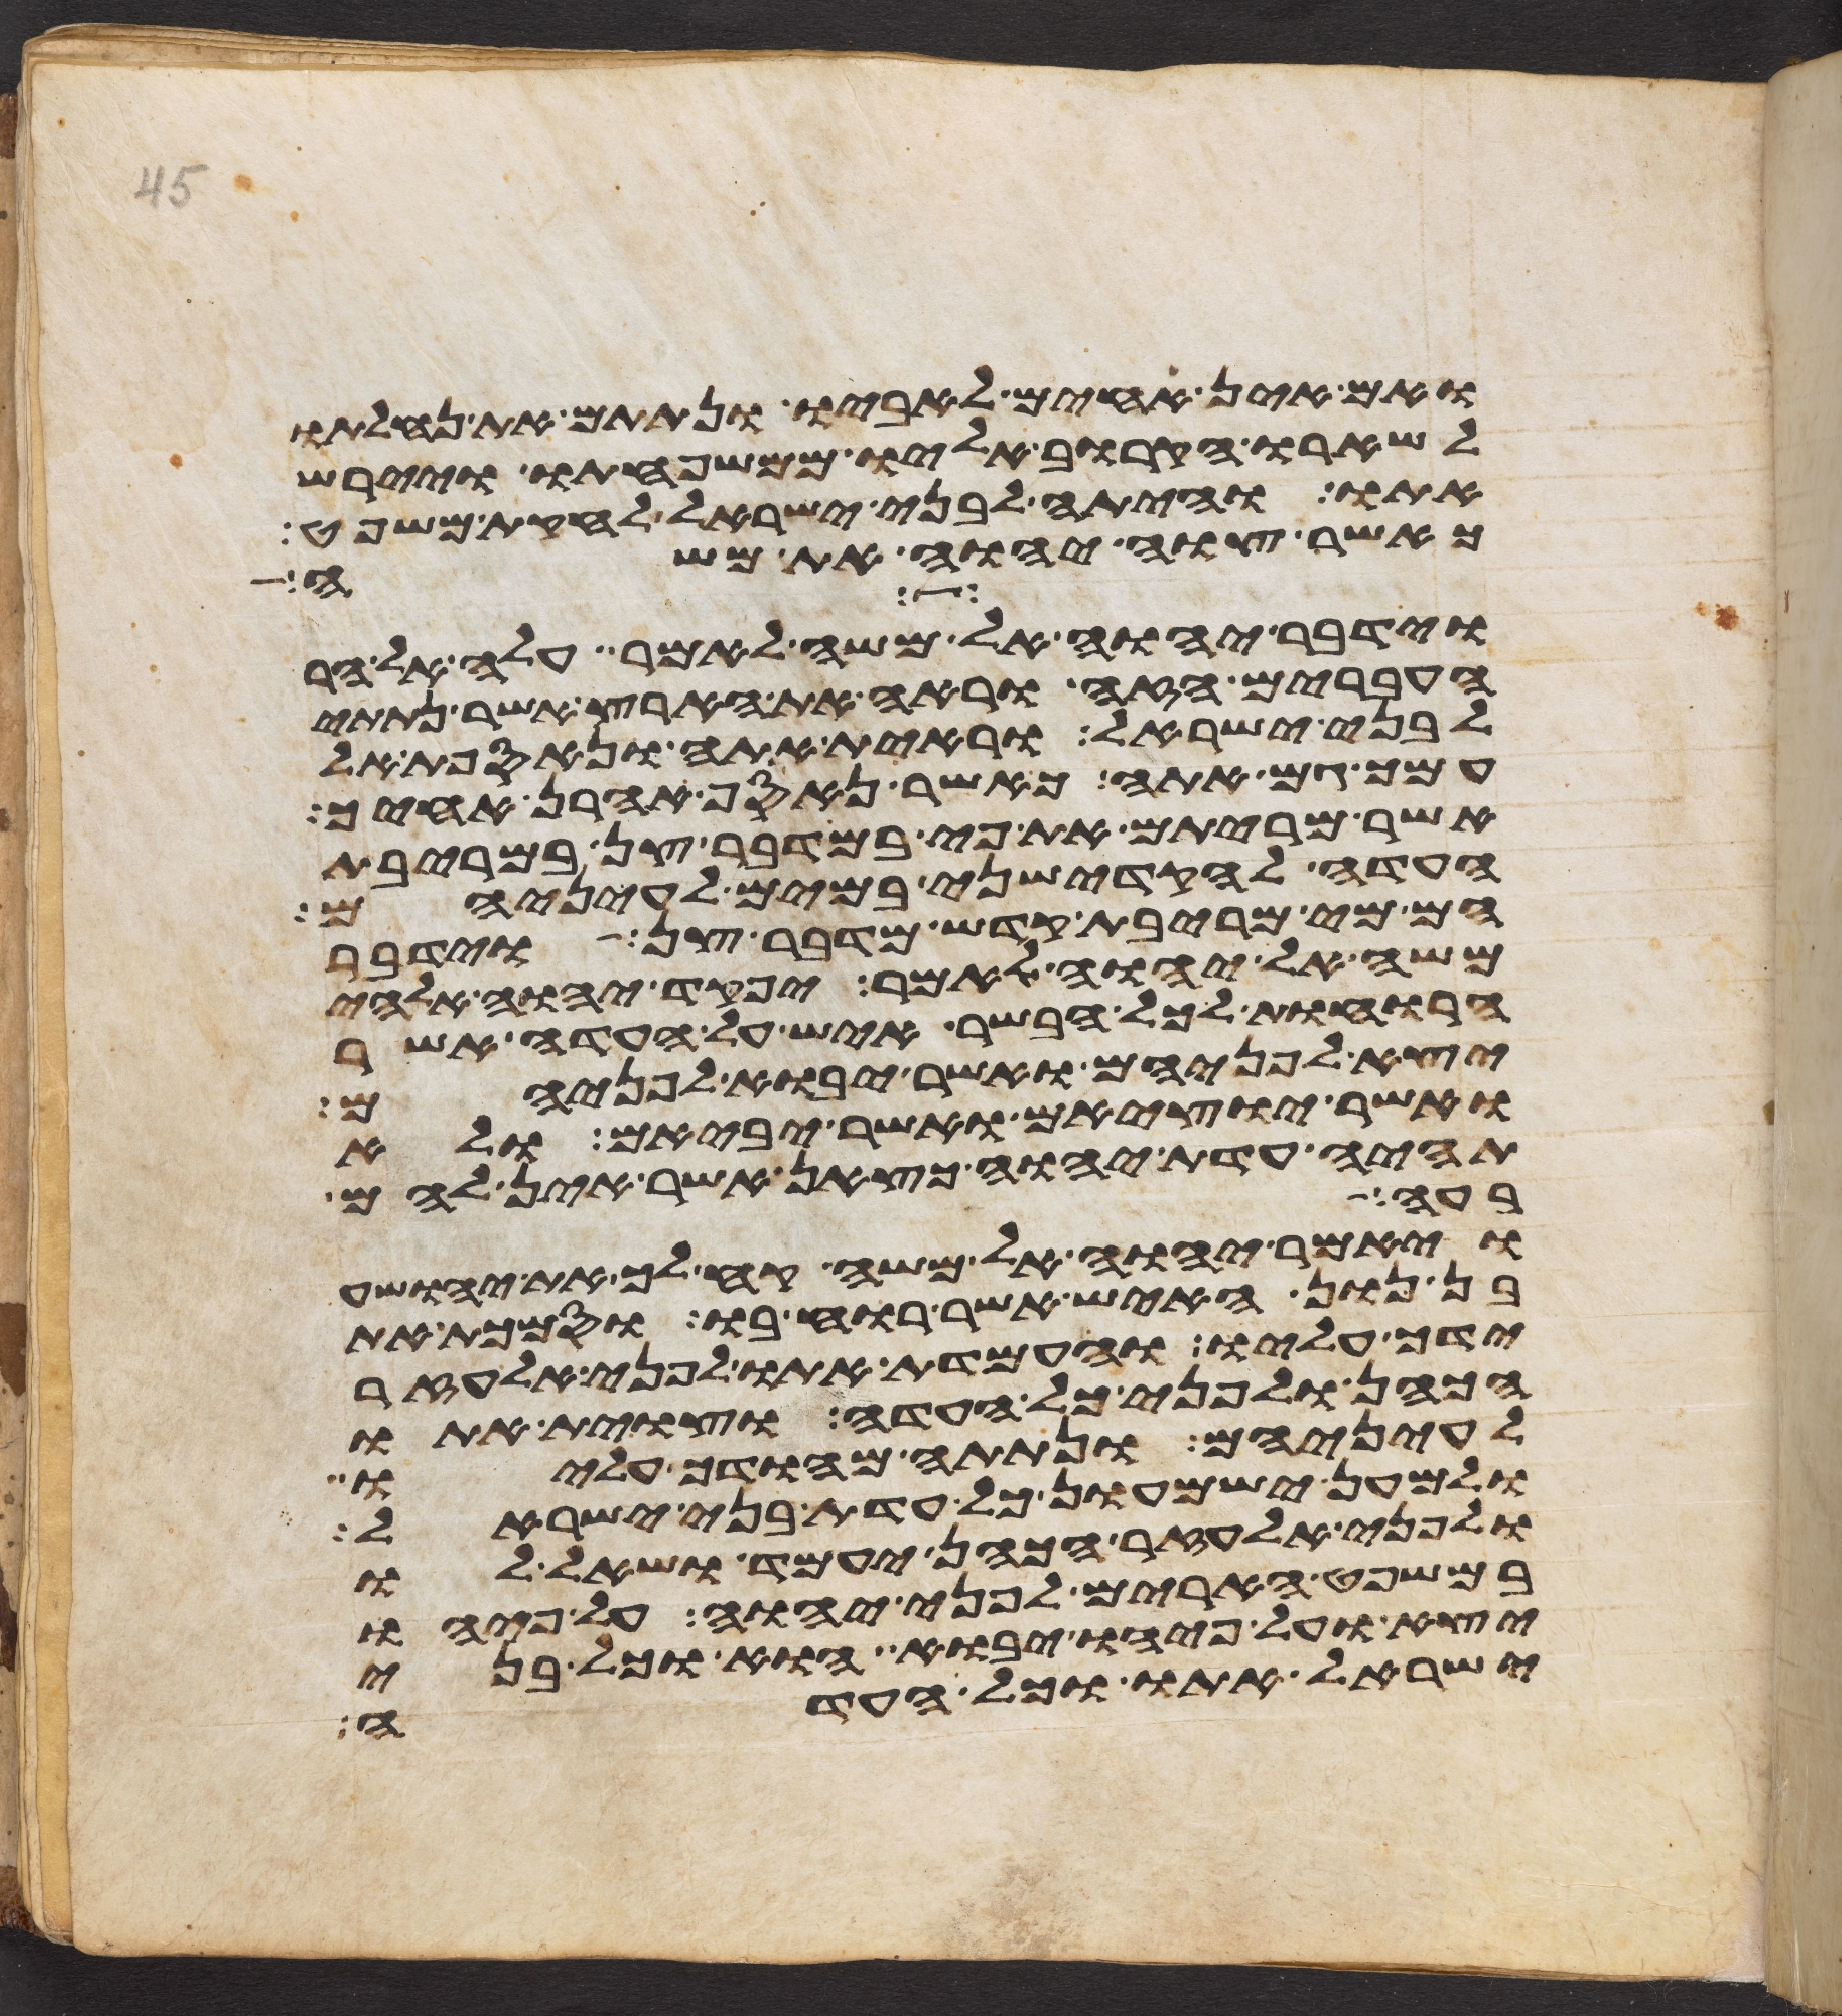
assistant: ואם אין אחים לאביו ונתתם את נחלתו
לשארו הקרוב אליו ממשפחתו ויירש
אתו והיתה לבני ישראל לחקת משפט
כאשר צוה יהוה את משה
וידבר יהוה אל משה לאמר עלה אל הר
העברים הזה וראה את הארץ אשר נתתי
לבני ישראל וראית אתה ונאספת אל
עמך גם אתה כאשר נאסף אהרן אחיך
אשר מריתם את פיי במדבר צן במריבת
העדה להקדישני במים לעיניהם
הם מי מריבת קדש מדבר צן וידבר
משה אל יהוה לאמר יפקד יהוה אלהי
הרוחות לכל הבשר איש על העדה אשר
יצא לפניהם ואשר יבוא לפניהם
ואשר יוציאם ואשר יביאם ולא
תהיה עדת יהוה כצאן אשר אין להם
שבעה
ויאמר יהוה אל משה קח לך את יהושע
בן נון האיש אשר רוחו בו וסמכת את
ידך עליו והעמדת אתו לפני אלעזר
הכהן ולפני כל העדה וצוית אתו
לעיניהם ונתתה מהודך עליו
ולמען ישמעון כל עדת בני ישראל
ולפני אלעזר הכהן יעמד ושאל לו
במשפט הארים לפני יהוה על פיהו
יצא ועל פיהו יבוא הוא וכל בני
ישראל אתו וכל העדה